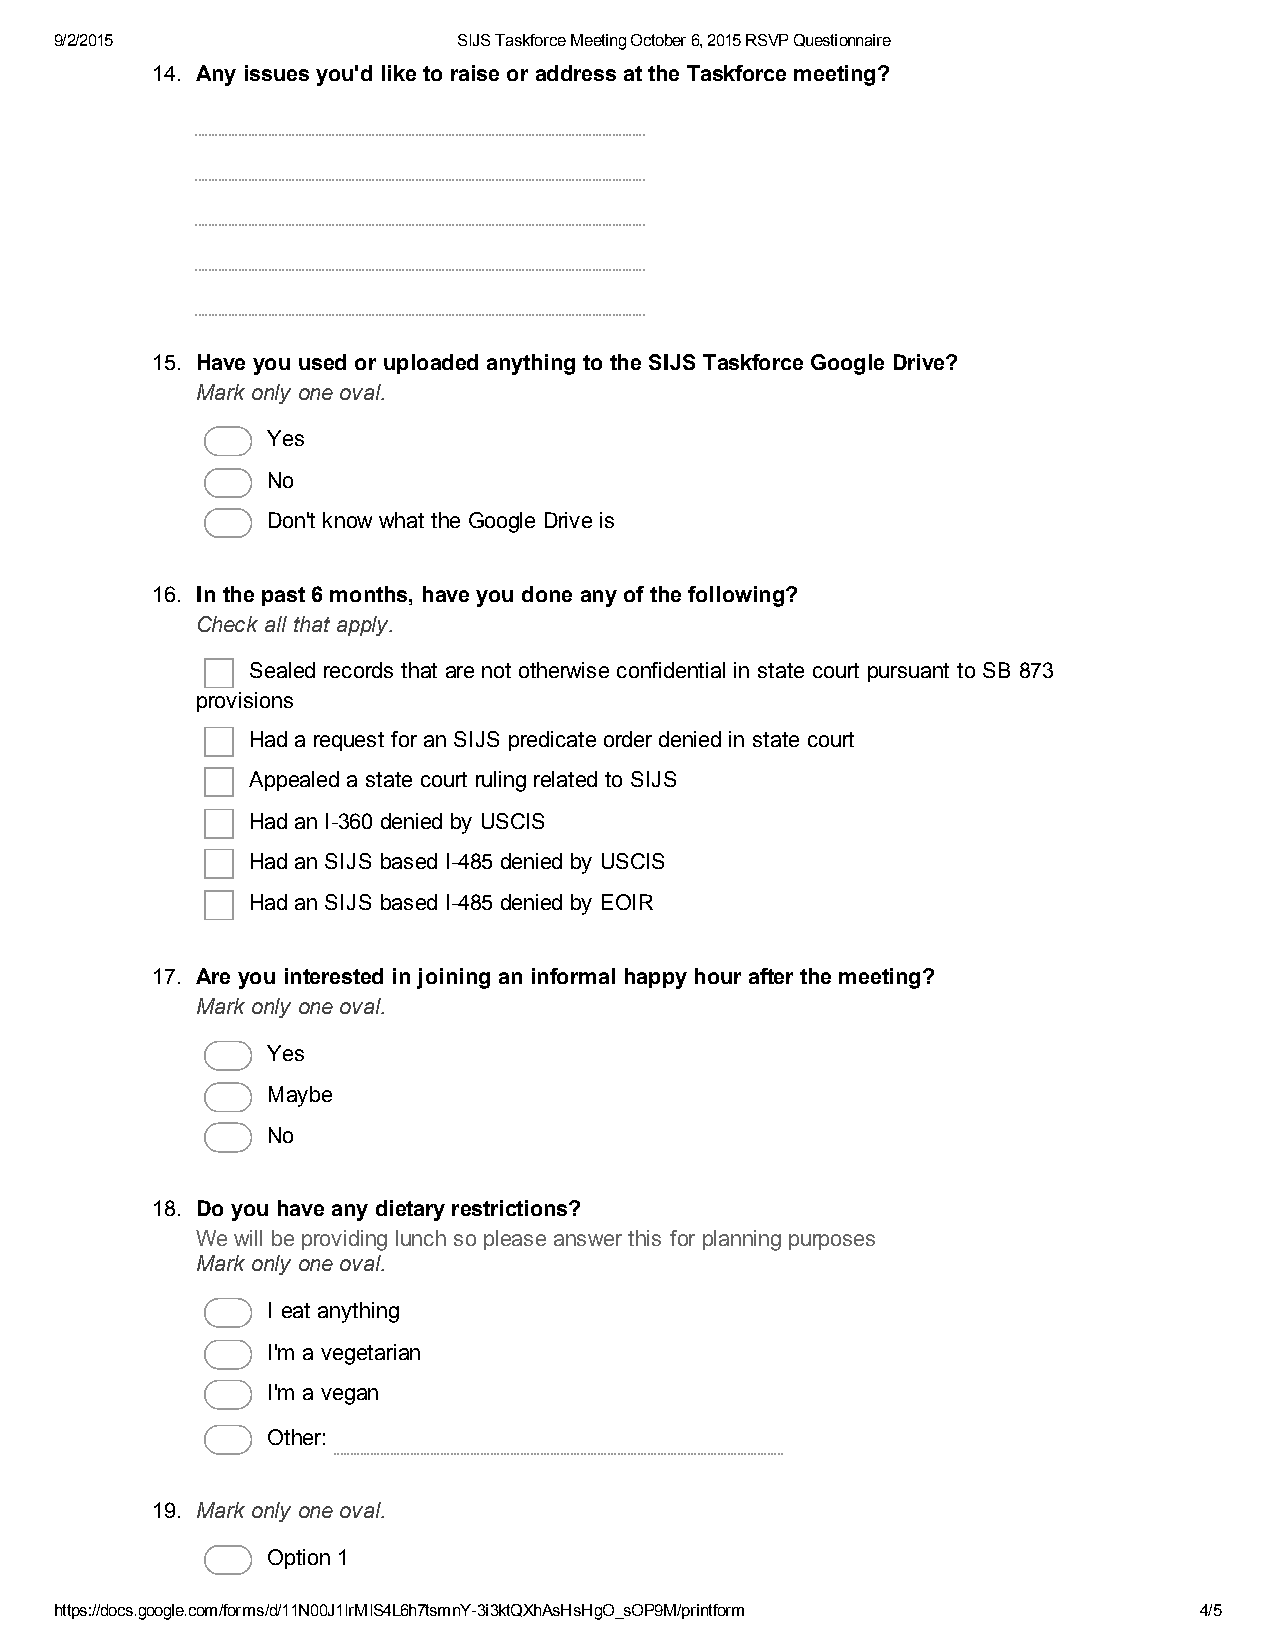
9/2/2015                  SIJS Taskforce Meeting October 6, 2015 RSVP Questionnaire
 14. Any issues you'd like to raise or address at the Taskforce meeting?
 15. Have you used or uploaded anything to the SIJS Taskforce Google Drive?
 Mark only one oval.
 Yes
 No
 Don't know what the Google Drive is
 16. In the past 6 months, have you done any of the following?
 Check all that apply.
 Sealed records that are not otherwise confidential in state court pursuant to SB 873
 provisions
 Had a request for an SIJS predicate order denied in state court
 Appealed a state court ruling related to SIJS
 Had an I­360 denied by USCIS
 Had an SIJS based I­485 denied by USCIS
 Had an SIJS based I­485 denied by EOIR
 17. Are you interested in joining an informal happy hour after the meeting?
 Mark only one oval.
 Yes
 Maybe
 No
 18. Do you have any dietary restrictions?
 We will be providing lunch so please answer this for planning purposes
 Mark only one oval.
 I eat anything
 I'm a vegetarian
 I'm a vegan
 Other:
 19. Mark only one oval.
 Option 1
 https://docs.google.com/forms/d/11N00J1IrMIS4L6h7tsmnY­3i3ktQXhAsHsHgO_sOP9M/printform 4/5